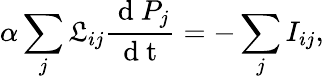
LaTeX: \alpha\sum_{j}\mathfrak{L}_{ij}\frac{{\mathrm{{~d~}}P_{j}}}{{\mathrm{{~d~t~}}}}=-\sum_{j}{I}_{ij},